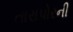
તારાપોરની